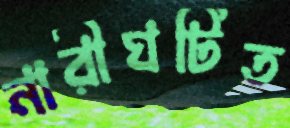
নারীঘটিত